Scottish Certificate of Education, 1962
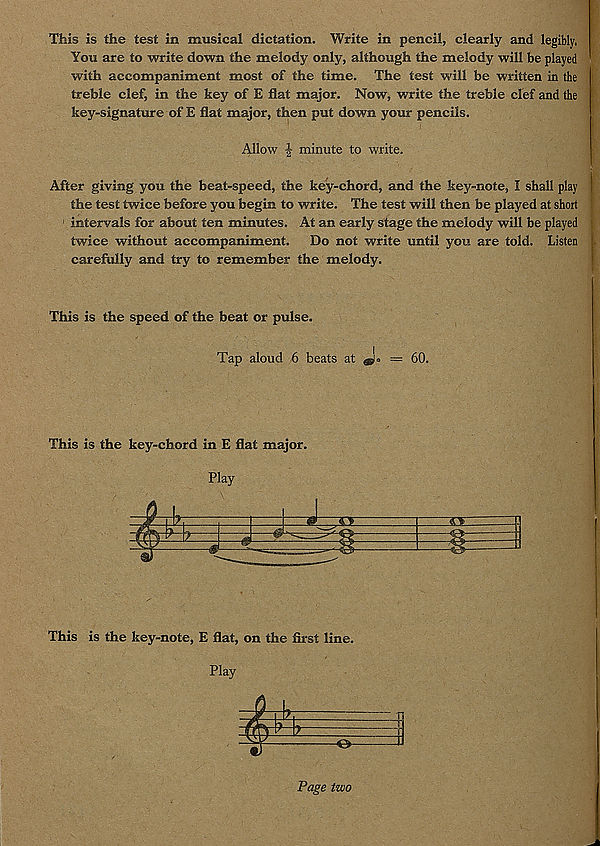
This is the test in musical dictation. Write in pencil, clearly and legibly.
You are to write down the melody only, although the melody will be played
with accompaniment most of the time. The test will be written in the
treble clef, in the key of E flat major. Now, write the treble clef and the
key-signature of E flat major, then put down your pencils.
Allow ^ minute to write.
After giving you the beat-speed, the key-chord, and the key-note, I shall play !
the test twice before you begin to write. The test will then be played at short
intervals for about ten minutes. At an early stage the melody will be played
twice without accompaniment. Do not write until you are told. Listen
carefully and try to remember the melody.
This is the speed of the beat or pulse.
Tap aloud 6 beats at
= 60.
This is the key-chord in E flat major.
Play
This is the key-note, E flat, on the first line.
Play